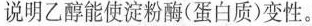
说明乙醇能使淀粉酶(蛋白质)变性。